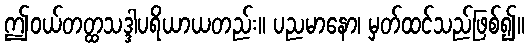
ဤဝယ်တတ္ထသဒ္ဒါပရိယာယတည်း။ ပညမာနော၊ မှတ်ထင်သည်ဖြစ်၍။